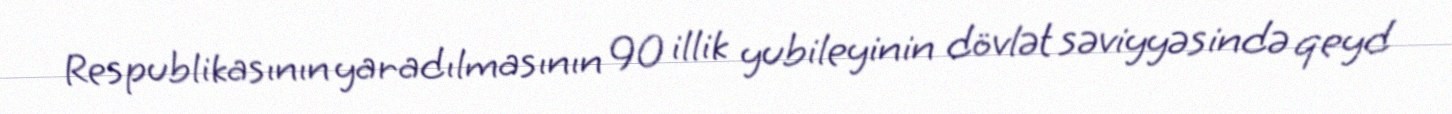
Respublikasının yaradılmasının 90 illik yubileyinin dövlət səviyyəsində qeyd